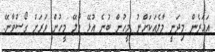
އަހަރެން މިދަނީ މާލެއަކަށްނު މީހުން ބުނެ އުޅޭ މާލޭ މީހުން ވަރަށް ގޯސްވާނޭ.